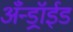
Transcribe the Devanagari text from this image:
अँन्ड्रॉईड